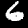
Label: 6